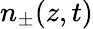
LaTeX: n_{\pm}(z,t)